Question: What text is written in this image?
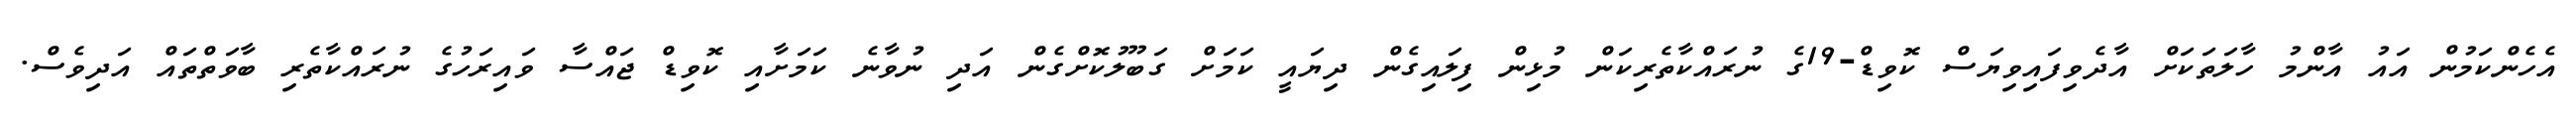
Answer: އެހެންކަމުން އައު އާންމު ހާލަތަކަށް އާދެވިފައިވިޔަސް ކޮވިޑް-19ގެ ނުރައްކާތެރިކަން މުޅިން ފިލައިގެން ދިޔައީ ކަމަށް ގަބޫލުކޮށްގެން އަދި ނުވާނެ ކަމަށާއި ކޮވިޑް ޖައްސާ ވައިރަހުގެ ނުރައްކާތެރި ބާވަތްތައް އަދިވެސް.